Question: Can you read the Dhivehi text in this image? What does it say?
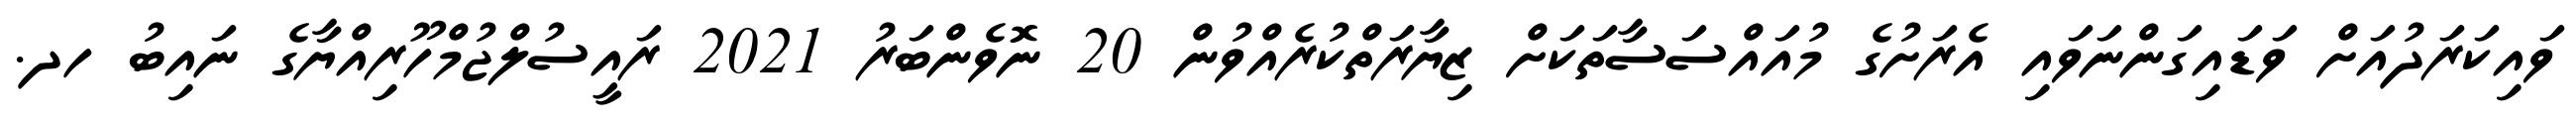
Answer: ވައިކަރަދުއަށް ވަޑައިގަންނަވައި އެރަށުގެ މުއައްސަސާތަކަށް ޒިޔާރަތްކުރެއްވުން 20 ނޮވެންބަރު 2021 ރައީސުލްޖުމްހޫރިއްޔާގެ ނައިބު ހދ.